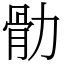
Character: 䯇